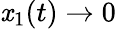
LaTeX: \mathit{x}_{1}(t)\rightarrow0